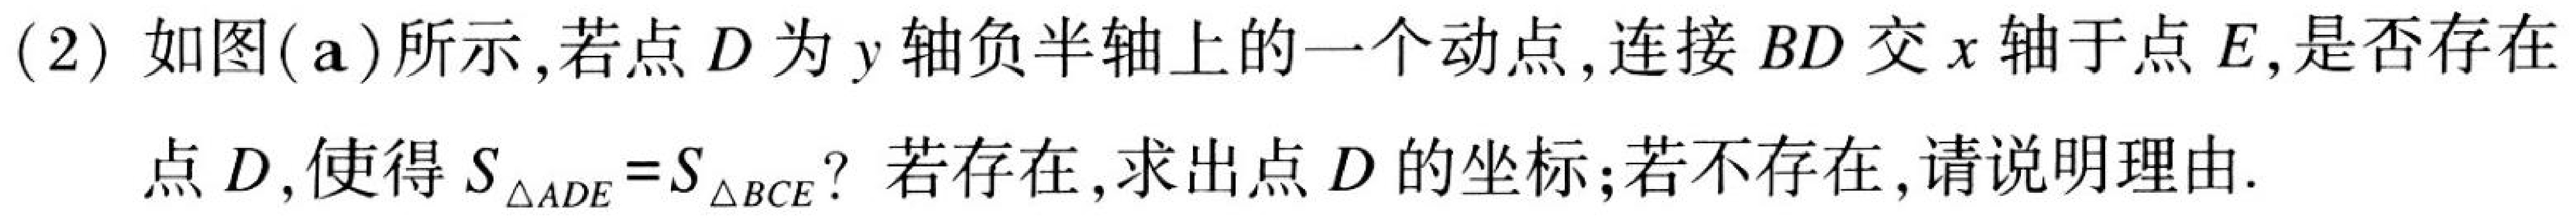
(2) 如图(a)所示,若点\(D\)为\(y\)轴负半轴上的一个动点,连接\(BD\)交\(x\)轴于点\(E\),是否存在
点\(D\),使得\(S_{\triangle ADE}=S_{\triangle BCE}\)？若存在,求出点\(D\)的坐标;若不存在,请说明理由.